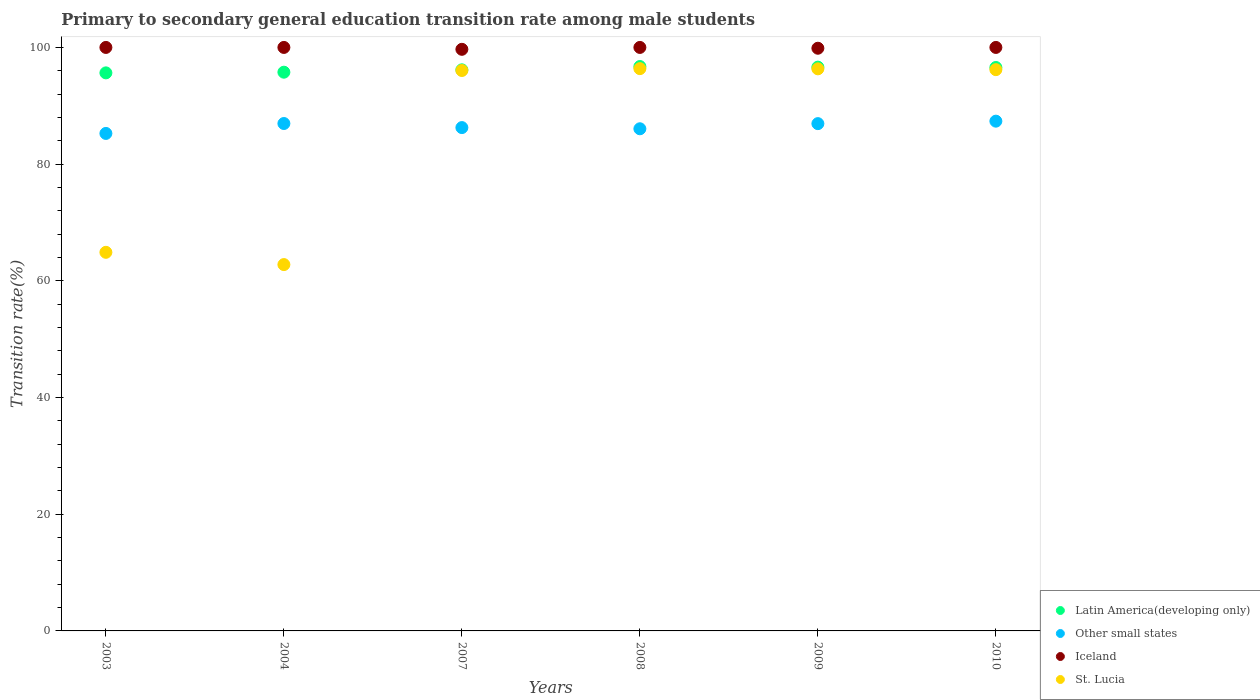
| Years | Latin America(developing only) | Other small states | Iceland | St. Lucia |
 | --- | --- | --- | --- | --- |
 | 2003 | 95.6 | 85.3 | 100 | 64.9 |
 | 2004 | 95.8 | 87 | 100 | 62.8 |
 | 2007 | 96.2 | 86.3 | 99.7 | 96 |
 | 2008 | 96.7 | 86.1 | 100 | 96.4 |
 | 2009 | 96.6 | 86.9 | 99.9 | 96.3 |
 | 2010 | 96.6 | 87.4 | 100 | 96.2 |